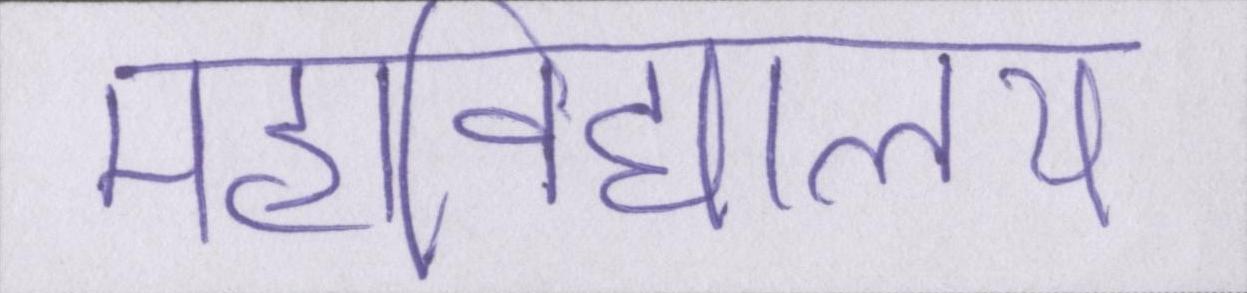
महाविद्यालय